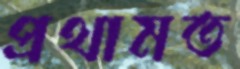
প্রথামত